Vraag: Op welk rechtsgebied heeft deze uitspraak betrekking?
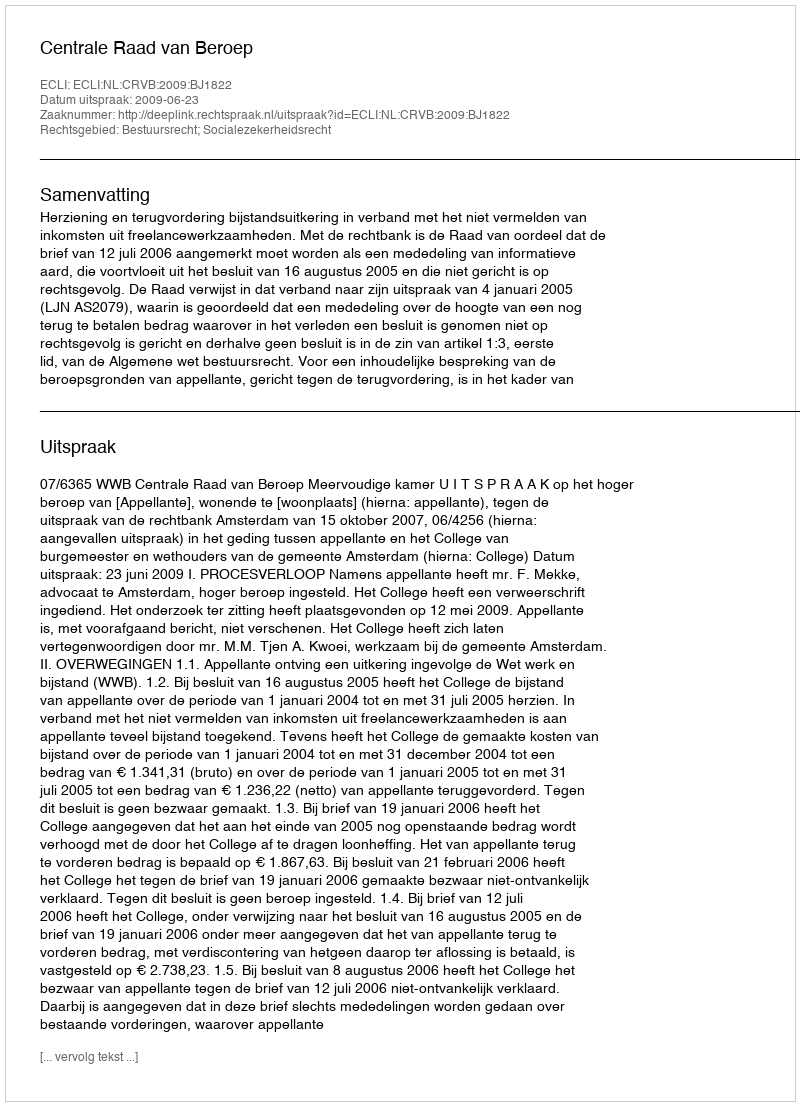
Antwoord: Bestuursrecht; Socialezekerheidsrecht